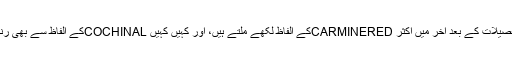
ان کے فارمولہ کے ساتھ دیگر دوائی اجزاءکی تفصیلات کے بعد آخر میں اکثر CARMINEREDکے الفاظ لکھے ملتے ہیں، اور کہیں کہیں COCHINALکے الفاظ سے بھی رنگ کی نوعیت کی اطلاع اور اظہار کیا جاتا ہے۔